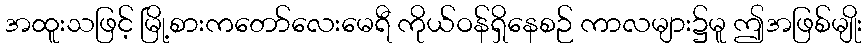
အထူးသဖြင့် မြို့စားကတော်လေးမေရီ ကိုယ်ဝန်ရှိနေစဉ် ကာလများ၌မူ ဤအဖြစ်မျိုး